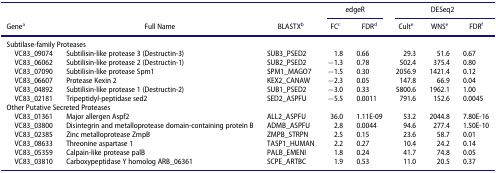
|  |  |  | <COLSPAN=2> edgeR | <COLSPAN=3> DESeq2 |
 | Genea | Full Name | BLASTXb | FCc | FDRd | Culte | WNSe | FDRf |
 | --- | --- | --- | --- | --- | --- | --- | --- |
 | <COLSPAN=8> Subtilase-family Proteases |
 | VC83_09074 | Subtilisin-like protease 3 (Destructin-3) | SUB3_PSED2 | 1.8 | 0.66 | 29.3 | 51.6 | 0.67 |
 | VC83_06062 | Subtilisin-like protease 2 (Destructin-1) | SUB2_PSED2 | −1.3 | 0.78 | 502.4 | 375.4 | 0.80 |
 | VC83_07090 | Subtilisin-like protease Spm1 | SPM1_MAGO7 | −1.5 | 0.30 | 2056.9 | 1421.4 | 0.12 |
 | VC83_06607 | Protease Kexin 2 | KEX2_CANAW | −2.3 | 0.05 | 147.8 | 66.9 | 0.04 |
 | VC83_04892 | Subtilisin-like protease 1 (Destructin-2) | SUB1_PSED2 | −3.0 | 0.33 | 5800.6 | 1962.1 | 1.00 |
 | VC83_02181 | Tripeptidyl-peptidase sed2 | SED2_ASPFU | −5.5 | 0.0011 | 791.6 | 152.6 | 0.0045 |
 | <COLSPAN=8> Other Putative Secreted Proteases |
 | VC83_01361 | Major allergen Aspf2 | ALL2_ASPFU | 36.0 | 1.11E-09 | 53.2 | 2044.8 | 7.80E-16 |
 | VC83_03800 | Disintegrin and metalloprotease domain-containing protein B | ADMB_ASPFU | 2.8 | 0.0044 | 94.6 | 277.4 | 1.50E-10 |
 | VC83_02385 | Zinc metalloprotease ZmpB | ZMPB_STRPN | 2.5 | 0.15 | 23.6 | 58.7 | 0.01 |
 | VC83_08633 | Threonine aspartase 1 | TASP1_HUMAN | 2.2 | 0.27 | 10.4 | 24.2 | 0.14 |
 | VC83_05359 | Calpain-like protease palB | PALB_EMENI | 1.8 | 0.24 | 41.7 | 74.8 | 0.05 |
 | VC83_03810 | Carboxypeptidase Y homolog ARB_06361 | SCPE_ARTBC | 1.9 | 0.53 | 11.0 | 20.5 | 0.37 |